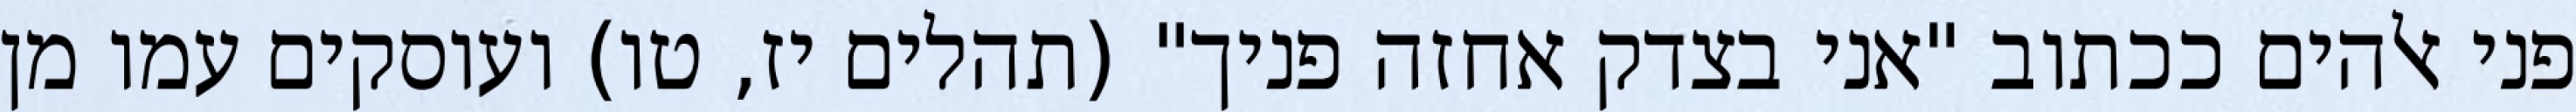
פני אלהים ככתוב "אני בצדק אחזה פניך" (תהלים יז, טו) ועוסקים עמו מן